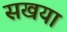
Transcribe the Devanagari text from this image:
सखया